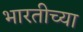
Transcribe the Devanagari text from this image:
भारतीच्या